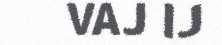
VAJ IJ